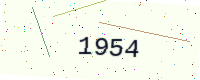
Text: 1954